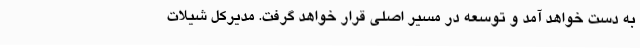
به دست خواهد آمد و توسعه در مسیر اصلی قرار خواهد گرفت. مدیرکل شیلات